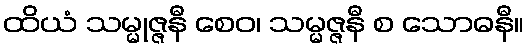
ထိယံ သမ္မုဇ္ဇနီ စေဝ၊ သမ္မဇ္ဇနီ စ သောဓနီ။